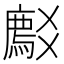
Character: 𬋽